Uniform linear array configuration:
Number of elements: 16
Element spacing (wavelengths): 0.5
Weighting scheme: cosine
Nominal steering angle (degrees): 15
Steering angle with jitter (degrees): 14.881
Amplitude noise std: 0.05
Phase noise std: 0.05

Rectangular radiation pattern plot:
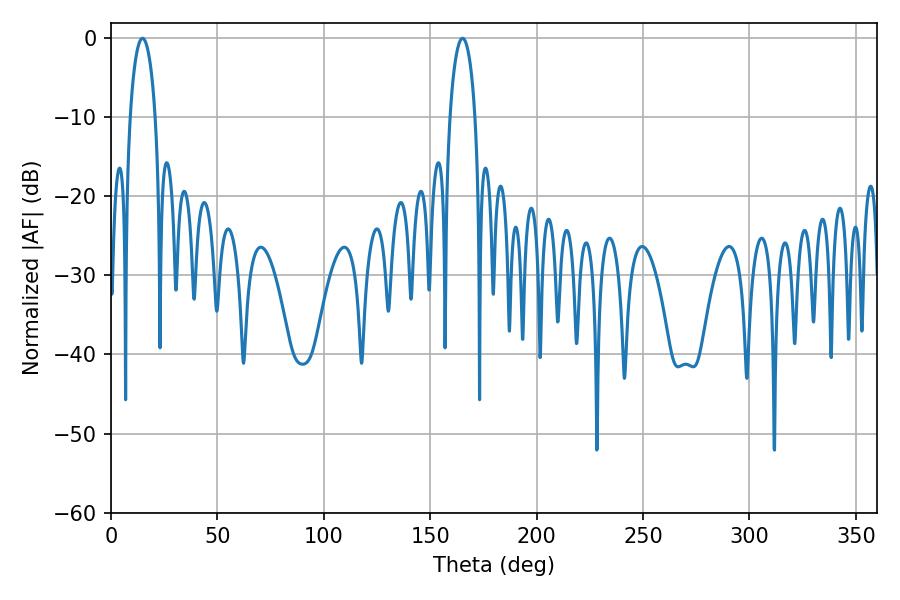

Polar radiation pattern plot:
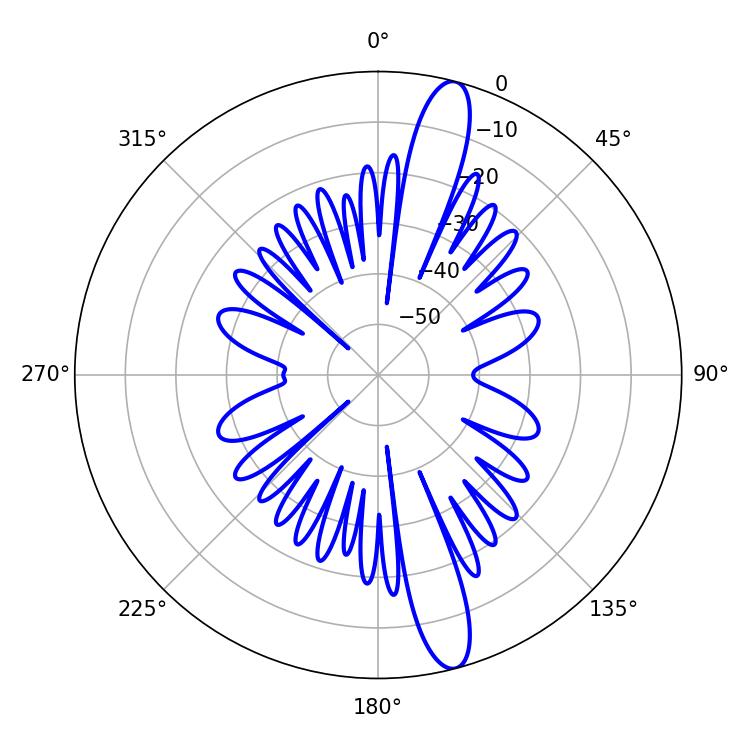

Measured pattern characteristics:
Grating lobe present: FALSE
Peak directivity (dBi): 14.807
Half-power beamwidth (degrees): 6.66
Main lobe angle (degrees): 14.76